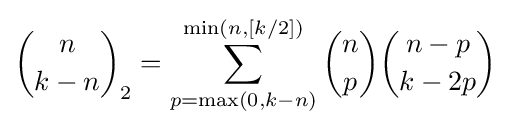
{n \choose k-n}_{2}=\sum _{p=\max(0,k-n)}^{\min(n,[k/2])}{n \choose p}{n-p \choose k-2p}